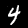
Digit: 4